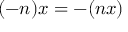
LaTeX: ( - n ) x = - ( n x )